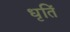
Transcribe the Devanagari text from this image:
धृतिं